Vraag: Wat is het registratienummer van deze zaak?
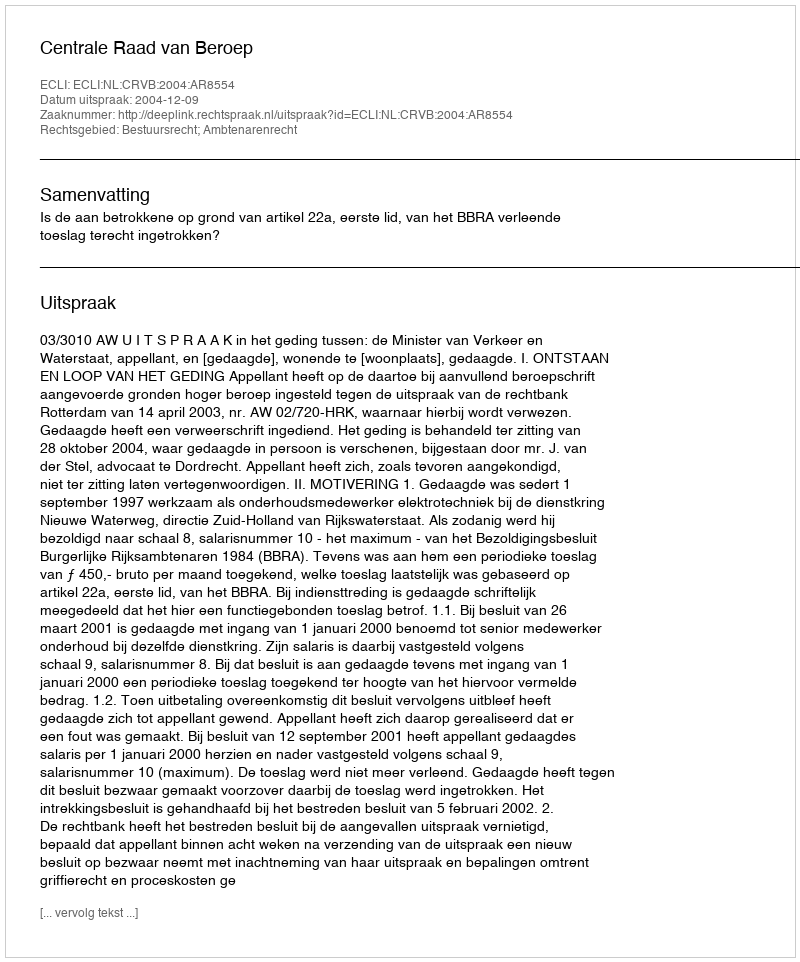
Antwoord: http://deeplink.rechtspraak.nl/uitspraak?id=ECLI:NL:CRVB:2004:AR8554